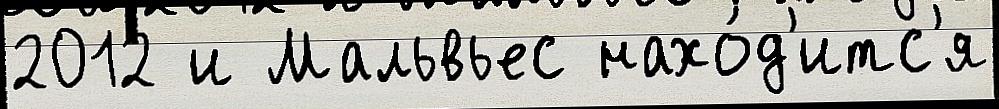
2012 и Мальвьес нахо́д'итс'я